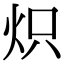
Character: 炽